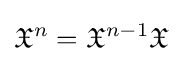
{\mathfrak {X}}^{n}={\mathfrak {X}}^{n-1}{\mathfrak {X}}